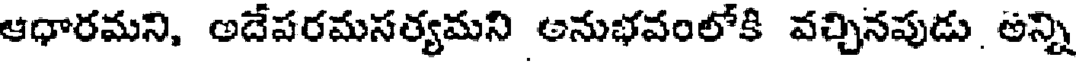
ఆధారమని, అదేపరమసత్యమని అనుభవంలోకి వచ్చినపుడు. అన్ని